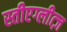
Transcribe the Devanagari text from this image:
स्तीएग्लीत्ज़